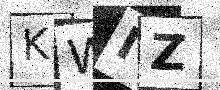
Text: KWIZ